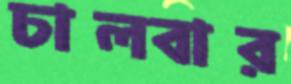
ঢালবার